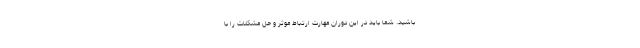
باشید. شما باید در این دوران مهارت ارتباط موثر و حل مشکلات را با